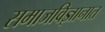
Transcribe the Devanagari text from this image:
समाजविज्ञानात